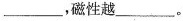
____，磁性越____。